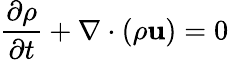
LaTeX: {\frac{\partial\rho}{\partial t}}+\nabla\cdot\left(\rho\mathbf{u}\right)=0